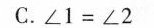
C.$$∠ 1 = ∠ 2$$